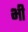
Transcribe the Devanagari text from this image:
भ्‍ाी